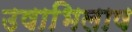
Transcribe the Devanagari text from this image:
उषाभिलाष